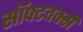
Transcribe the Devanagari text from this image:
सॉफ्टवर्क्स